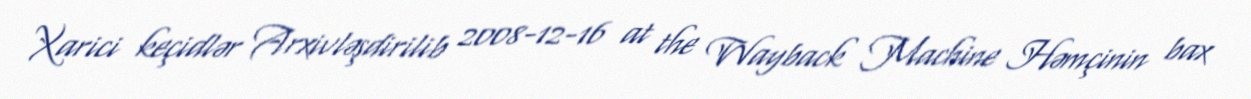
Xarici keçidlər Arxivləşdirilib 2008-12-16 at the Wayback Machine Həmçinin bax